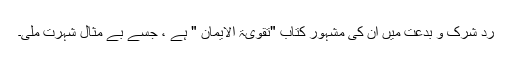
رد شرک و بدعت میں ان کی مشہور کتاب "تقویۃ الایمان " ہے ، جسے بے مثال شہرت ملی۔